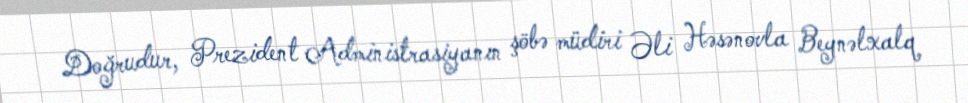
Doğrudur, Prezident Administrasiyanın şöbə müdiri Əli Həsənovla Beynəlxalq